Notes on vaccination in the North-West Frontier Province 1923-1928 - 1923-1928
Year: 1923
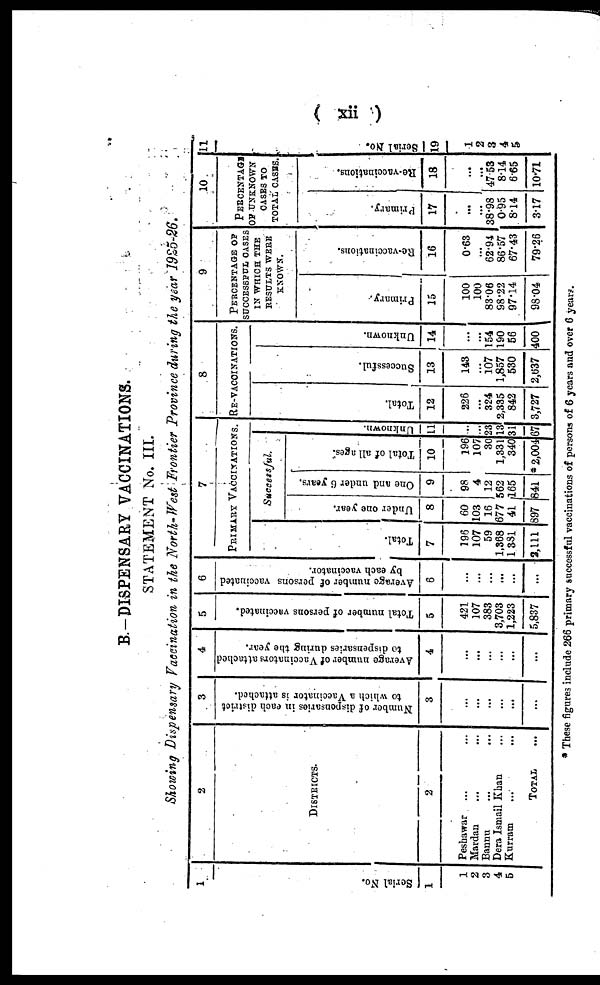
( xii )
B.—DISPENSARY VACCINATIONS.
STATEMENT No. III.
Showing Dispensary Vaccination in the North-West Frontier Province during the year 1925-26.
1
Serial No.
1
1
2
3
4
5
2
DISTRICTS.
2
Peshawar ... ...
Mardan ... ...
Bannu ... ...
Dera Ismail Khan ...
Kurram ... ...
TOTAL ...
3
Number of dispensaries in each district
to which a Vaccinator is attached.
3
...
...
...
...
...
...
4
Average number of Vaccinators attached
to dispensaries during the year.
4
...
...
...
...
...
...
5
Total number of persons vaccinated.
5
421
107
383
3,703
1,223
5,837
6
Average number of persons vaccinated
by each vaccinator.
6
...
...
...
...
...
...
7
PRIMARY VACCINATIONS.
Total.
7
196
107
59
1,368
1,381
2,111
Successful.
Under one year.
8
60
103
16
677
41
897
One and under 6 years.
9
98
4
12
562
165
841
Total of all ages.
10
196
107
30
1,331
340
* 2,004
Unknown.
11
...
...
23
13
31
67
8
RE-VACCINATIONS.
Total.
12
226
...
324
2,335
842
3,727
Successful.
13
143
...
107
1,857
530
2,637
Unknown.
14
...
...
154
190
56
400
9
PERCENTAGE OF
SUCCESSFUL CASES
IN WHICH THE
RESULTS WERE
KNOWN.
Primary.
15
100
100
83.06
98.22
97.14
98.04
Re-vaccinations.
16
0.63
...
62.94
86.57
67.43
79.26
10
PERCENTAGE
OF UNKNOWN
CASES TO
TOTAL CASES.
Primary.
17
...
...
38.98
0.95
8.14
3.17
Re-vaccinations.
18
...
...
47.53
8.14
6.65
10.71
11
Serial No.
19
1
2
3
4
5
* These figures include 266 primary successful vaccinations of persons of 6 years and over 6 years.